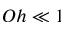
O h \ll 1